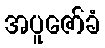
အပူဇော်ခံ